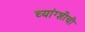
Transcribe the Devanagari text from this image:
च्यांग्शीची